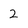
Character: 2